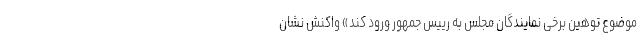
موضوع توهین برخی نمایندگان مجلس به رییس جمهور ورود کند» واکنش نشان